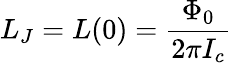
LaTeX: L_{J}=L(0)={\frac{\Phi_{0}}{2\pi I_{c}}}